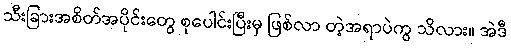
သီးခြားအစိတ်အပိုင်းတွေ စုပေါင်းပြီးမှ ဖြစ်လာ တဲ့အရာပဲကွ သိလား။ အဲဒီ